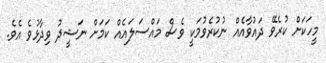
މީހަކަށް ކުރެވޭ ދައުވާއެއް ނުކުރެވުމަކީ ވެސް މައްސަލައެއް ކަމަށް ނަޝީދު ވިދާޅުވެ އެވެ.